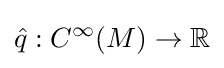
{\hat {q}}:C^{\infty }(M)\to \mathbb {R}